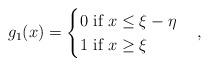
LaTeX: \begin{align*}g_1(x)=\begin{cases} 0\ \mbox{if}\ x\leq \xi -\eta \\ 1\ \mbox{if}\ x\geq \xi \end{cases},\end{align*}